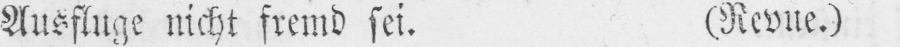
Ausfluge nicht fremd sei. (Revue.)